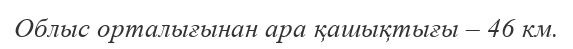
Облыс орталығынан ара қашықтығы – 46 км.